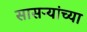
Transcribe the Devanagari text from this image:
सासऱ्यांच्या